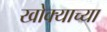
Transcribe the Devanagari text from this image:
खोक्याच्या